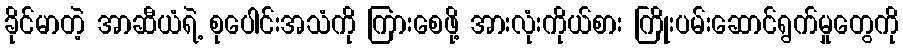
ခိုင်မာတဲ့ အာဆီယံရဲ့ စုပေါင်းအသံကို ကြားစေဖို့ အားလုံးကိုယ်စား ကြိုးပမ်းဆောင်ရွက်မှုတွေကို